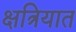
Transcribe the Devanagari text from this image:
क्षत्रियात